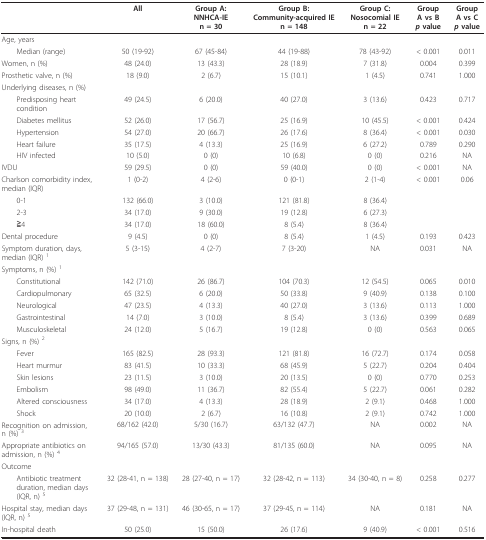
<table><thead><tr><td></td><td><b>All</b></td><td><b>Group A:NNHCA-IEn = 30</b></td><td><b>Group B:Community-acquired IEn = 148</b></td><td><b>Group C:Nosocomial IEn = 22</b></td><td><b>GroupA vs B<i>p </i>value</b></td><td><b>GroupA vs C<i>p </i>value</b></td></tr></thead><tbody><tr><td>Age, years</td><td></td><td></td><td></td><td></td><td></td><td></td></tr><tr><td> Median (range)</td><td>50 (19-92)</td><td>67 (45-84)</td><td>44 (19-88)</td><td>78 (43-92)</td><td>&lt; 0.001</td><td>0.011</td></tr><tr><td>Women, n (%)</td><td>48 (24.0)</td><td>13 (43.3)</td><td>28 (18.9)</td><td>7 (31.8)</td><td>0.004</td><td>0.399</td></tr><tr><td>Prosthetic valve, n (%)</td><td>18 (9.0)</td><td>2 (6.7)</td><td>15 (10.1)</td><td>1 (4.5)</td><td>0.741</td><td>1.000</td></tr><tr><td>Underlying diseases, n (%)</td><td></td><td></td><td></td><td></td><td></td><td></td></tr><tr><td> Predisposing heart condition</td><td>49 (24.5)</td><td>6 (20.0)</td><td>40 (27.0)</td><td>3 (13.6)</td><td>0.423</td><td>0.717</td></tr><tr><td> Diabetes mellitus</td><td>52 (26.0)</td><td>17 (56.7)</td><td>25 (16.9)</td><td>10 (45.5)</td><td>&lt; 0.001</td><td>0.424</td></tr><tr><td> Hypertension</td><td>54 (27.0)</td><td>20 (66.7)</td><td>26 (17.6)</td><td>8 (36.4)</td><td>&lt; 0.001</td><td>0.030</td></tr><tr><td> Heart failure</td><td>35 (17.5)</td><td>4 (13.3)</td><td>25 (16.9)</td><td>6 (27.2)</td><td>0.789</td><td>0.290</td></tr><tr><td> HIV infected</td><td>10 (5.0)</td><td>0 (0)</td><td>10 (6.8)</td><td>0 (0)</td><td>0.216</td><td>NA</td></tr><tr><td>IVDU</td><td>59 (29.5)</td><td>0 (0)</td><td>59 (40.0)</td><td>0 (0)</td><td>&lt; 0.001</td><td>NA</td></tr><tr><td>Charlson comorbidity index, median (IQR)</td><td>1 (0-2)</td><td>4 (2-6)</td><td>0 (0-1)</td><td>2 (1-4)</td><td>&lt; 0.001</td><td>0.06</td></tr><tr><td> 0-1</td><td>132 (66.0)</td><td>3 (10.0)</td><td>121 (81.8)</td><td>8 (36.4)</td><td></td><td></td></tr><tr><td> 2-3</td><td>34 (17.0)</td><td>9 (30.0)</td><td>19 (12.8)</td><td>6 (27.3)</td><td></td><td></td></tr><tr><td> ≧4</td><td>34 (17.0)</td><td>18 (60.0)</td><td>8 (5.4)</td><td>8 (36.4)</td><td></td><td></td></tr><tr><td>Dental procedure</td><td>9 (4.5)</td><td>0 (0)</td><td>8 (5.4)</td><td>1 (4.5)</td><td>0.193</td><td>0.423</td></tr><tr><td>Symptom duration, days, median (IQR) <sup>1</sup></td><td>5 (3-15)</td><td>4 (2-7)</td><td>7 (3-20)</td><td>NA</td><td>0.031</td><td>NA</td></tr><tr><td>Symptoms, n (%) <sup>1</sup></td><td></td><td></td><td></td><td></td><td></td><td></td></tr><tr><td> Constitutional</td><td>142 (71.0)</td><td>26 (86.7)</td><td>104 (70.3)</td><td>12 (54.5)</td><td>0.065</td><td>0.010</td></tr><tr><td> Cardiopulmonary</td><td>65 (32.5)</td><td>6 (20.0)</td><td>50 (33.8)</td><td>9 (40.9)</td><td>0.138</td><td>0.100</td></tr><tr><td> Neurological</td><td>47 (23.5)</td><td>4 (13.3)</td><td>40 (27.0)</td><td>3 (13.6)</td><td>0.113</td><td>1.000</td></tr><tr><td> Gastrointestinal</td><td>14 (7.0)</td><td>3 (10.0)</td><td>8 (5.4)</td><td>3 (13.6)</td><td>0.399</td><td>0.689</td></tr><tr><td> Musculoskeletal</td><td>24 (12.0)</td><td>5 (16.7)</td><td>19 (12.8)</td><td>0 (0)</td><td>0.563</td><td>0.065</td></tr><tr><td>Signs, n (%) <sup>2</sup></td><td></td><td></td><td></td><td></td><td></td><td></td></tr><tr><td> Fever</td><td>165 (82.5)</td><td>28 (93.3)</td><td>121 (81.8)</td><td>16 (72.7)</td><td>0.174</td><td>0.058</td></tr><tr><td> Heart murmur</td><td>83 (41.5)</td><td>10 (33.3)</td><td>68 (45.9)</td><td>5 (22.7)</td><td>0.204</td><td>0.404</td></tr><tr><td> Skin lesions</td><td>23 (11.5)</td><td>3 (10.0)</td><td>20 (13.5)</td><td>0 (0)</td><td>0.770</td><td>0.253</td></tr><tr><td> Embolism</td><td>98 (49.0)</td><td>11 (36.7)</td><td>82 (55.4)</td><td>5 (22.7)</td><td>0.061</td><td>0.282</td></tr><tr><td> Altered consciousness</td><td>34 (17.0)</td><td>4 (13.3)</td><td>28 (18.9)</td><td>2 (9.1)</td><td>0.468</td><td>1.000</td></tr><tr><td> Shock</td><td>20 (10.0)</td><td>2 (6.7)</td><td>16 (10.8)</td><td>2 (9.1)</td><td>0.742</td><td>1.000</td></tr><tr><td>Recognition on admission, n (%) <sup>3</sup></td><td>68/162 (42.0)</td><td>5/30 (16.7)</td><td>63/132 (47.7)</td><td>NA</td><td>0.002</td><td>NA</td></tr><tr><td>Appropriate antibiotics on admission, n (%) <sup>4</sup></td><td>94/165 (57.0)</td><td>13/30 (43.3)</td><td>81/135 (60.0)</td><td>NA</td><td>0.095</td><td>NA</td></tr><tr><td>Outcome</td><td></td><td></td><td></td><td></td><td></td><td></td></tr><tr><td> Antibiotic treatment duration, median days (IQR, n) <sup>5</sup></td><td>32 (28-41, n = 138)</td><td>28 (27-40, n = 17)</td><td>32 (28-42, n = 113)</td><td>34 (30-40, n = 8)</td><td>0.258</td><td>0.277</td></tr><tr><td>Hospital stay, median days (IQR, n) <sup>5</sup></td><td>37 (29-48, n = 131)</td><td>46 (30-65, n = 17)</td><td>37 (29-45, n = 114)</td><td>NA</td><td>0.181</td><td>NA</td></tr><tr><td>In-hospital death</td><td>50 (25.0)</td><td>15 (50.0)</td><td>26 (17.6)</td><td>9 (40.9)</td><td>&lt; 0.001</td><td>0.516</td></tr></tbody></table>